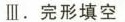
Ⅲ完形填空